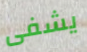
يشفى